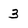
Character: 3